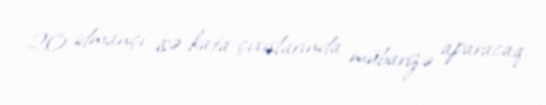
20 idmançı isə kata çıxışlarında mübarizə aparacaq.